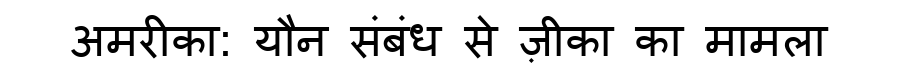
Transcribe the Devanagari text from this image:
अमरीका: यौन संबंध से ज़ीका का मामला